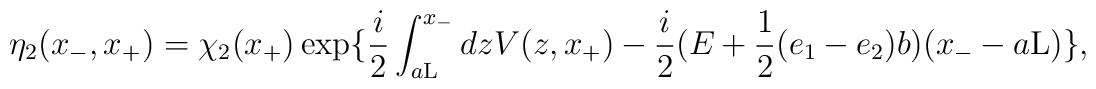
{\eta}_2(x_{-},x_{+}) = {\chi}_2(x_{+}) \exp \{ \frac{i}{2}\int_{a{\rm L}}^{x_{-}} dz V(z,x_{+}) -\frac{i}{2}(E + \frac{1}{2}(e_1-e_2)b)(x_{-} -a{\rm L}) \},